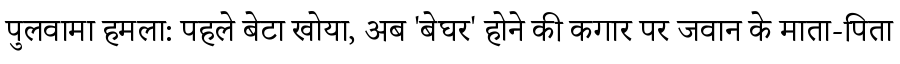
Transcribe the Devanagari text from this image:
पुलवामा हमला: पहले बेटा खोया, अब 'बेघर' होने की कगार पर जवान के माता-पिता